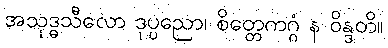
အသုဒ္ဓသီလော ဒုပ္ပညော၊ စိတ္တေကဂ္ဂံ န ဝိန္ဒတိ။